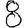
Digit: 8